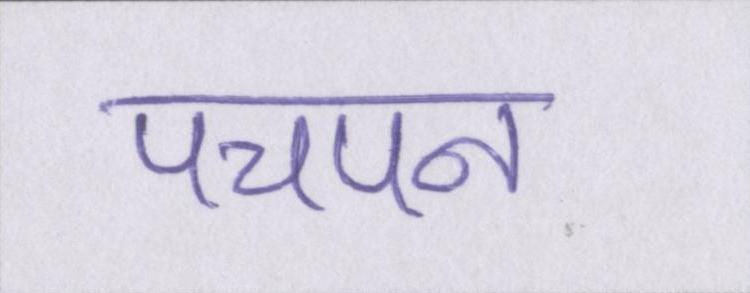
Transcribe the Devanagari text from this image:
पचपन